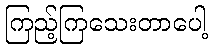
ကြည့်ကြသေးတာပေါ့